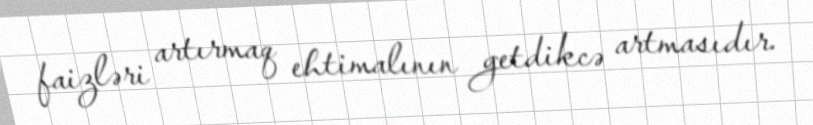
faizləri artırmaq ehtimalının getdikcə artmasıdır.